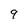
Character: 9